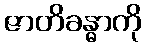
ဇာတိခန္ဓာကို